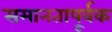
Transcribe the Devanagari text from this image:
समानतापूर्वक